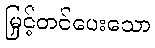
မြှင့်တင်ပေးသော